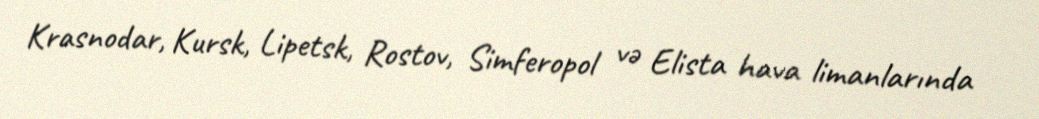
Krasnodar, Kursk, Lipetsk, Rostov, Simferopol və Elista hava limanlarında